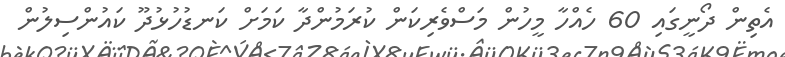
އެތިން ދޯނީގައި 60 ހެއްހާ މީހުން މަސްވެރިކަން ކުރަމުންދާ ކަމަށް ކަނޑުހުޅުދޫ ކައުންސިލުން